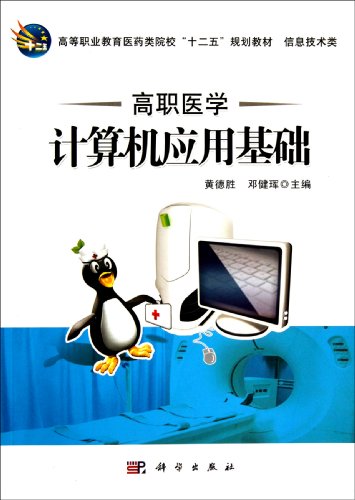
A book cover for Higher vocational medical computer application (Twelfth Five-Year planning information technology textbook in higher occupation education in Medical Universities ) (Chinese Edition); huang de sheng  deng jian hui; Medical Books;